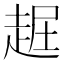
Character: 𧻡